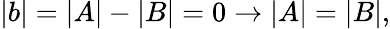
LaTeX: |b|=|A|-|B|=0\rightarrow|A|=|B|,